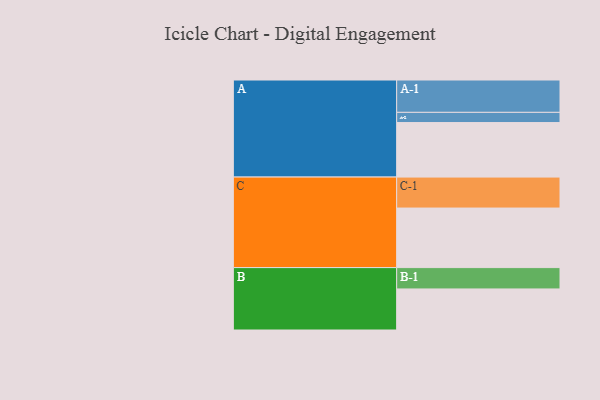
{"axis": {"x": "Segment", "y": "Value"}, "legend": ["", "A", "B", "C"], "data": [{"x": "A", "y": 401, "type": ""}, {"x": "B", "y": 302, "type": ""}, {"x": "C", "y": 438, "type": ""}, {"x": "A-1", "y": 238, "type": "A"}, {"x": "A-2", "y": 75, "type": "A"}, {"x": "B-1", "y": 157, "type": "B"}, {"x": "C-1", "y": 228, "type": "C"}]}